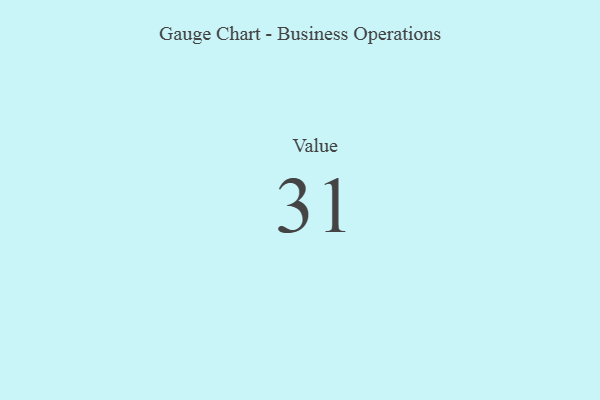
{"axis": {"x": "Metric", "y": "Value"}, "legend": [""], "data": [{"x": "Value", "y": 31, "type": ""}]}